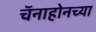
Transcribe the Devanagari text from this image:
चॅनाहोनच्या